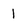
Character: 1